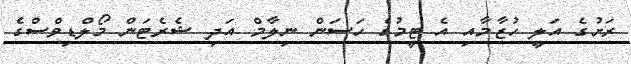
ރަށުގެ އަލީ ހުޒާމާއި އެ ޓީމުގެ ހަސަން ނިލާމް އަދި ޝެރެޓަން މޯލްޑިވްސްގެ